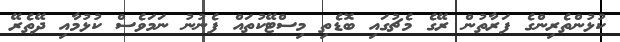
ކުޅުންތެރިންގެ ފަރާތުން ރޭގެ މެޗުގައި ބޮޑެތި މިސްޓޭކުތައް ފެނުނު ނަމަވެސް ކުޅުމާއި ދޭތެރޭ